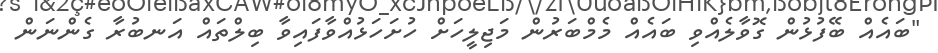
"ބައެއް ބޭފުޅުން ގޮވާލެއްވި ބައެއް މެމްބަރުން މަޖިލީހަށް ހުށަހަޅުއްވާފައިވާ ބިލްތައް އަނބުރާ ގެންނަން